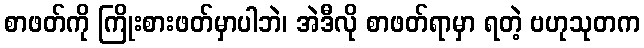
စာဖတ်ကို ကြိုးစားဖတ်မှာပါဘဲ၊ အဲဒီလို စာဖတ်ရာမှာ ရတဲ့ ဗဟုသုတက